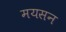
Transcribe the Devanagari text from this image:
मयसन